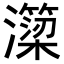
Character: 𭳣